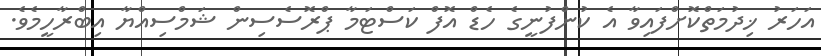
އަހަރު ޚިދުމަތްކޮށްފައިވާ އެ ކުންފުނީގެ ހެޑް އޮފް ކަސްޓަމާ ޕްރޮސެސިން ޝަމްސިއްޔާ އިބްރާހީމެވެ.